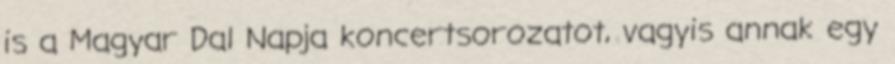
is a Magyar Dal Napja koncertsorozatot, vagyis annak egy